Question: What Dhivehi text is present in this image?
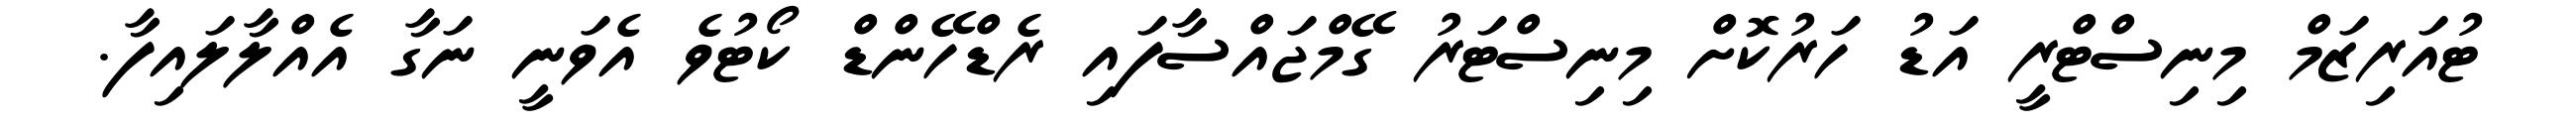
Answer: ޓުއަރިޒަމް މިނިސްޓްރީ އަޑު ހަރުކޮށް މިނިސްޓަރު ގޭމްޖައްސާފައި ރެޑްހޭންޑް ކޯޓުވެ އެވަނީ ނަގާ އެއްލާލައިފާ.